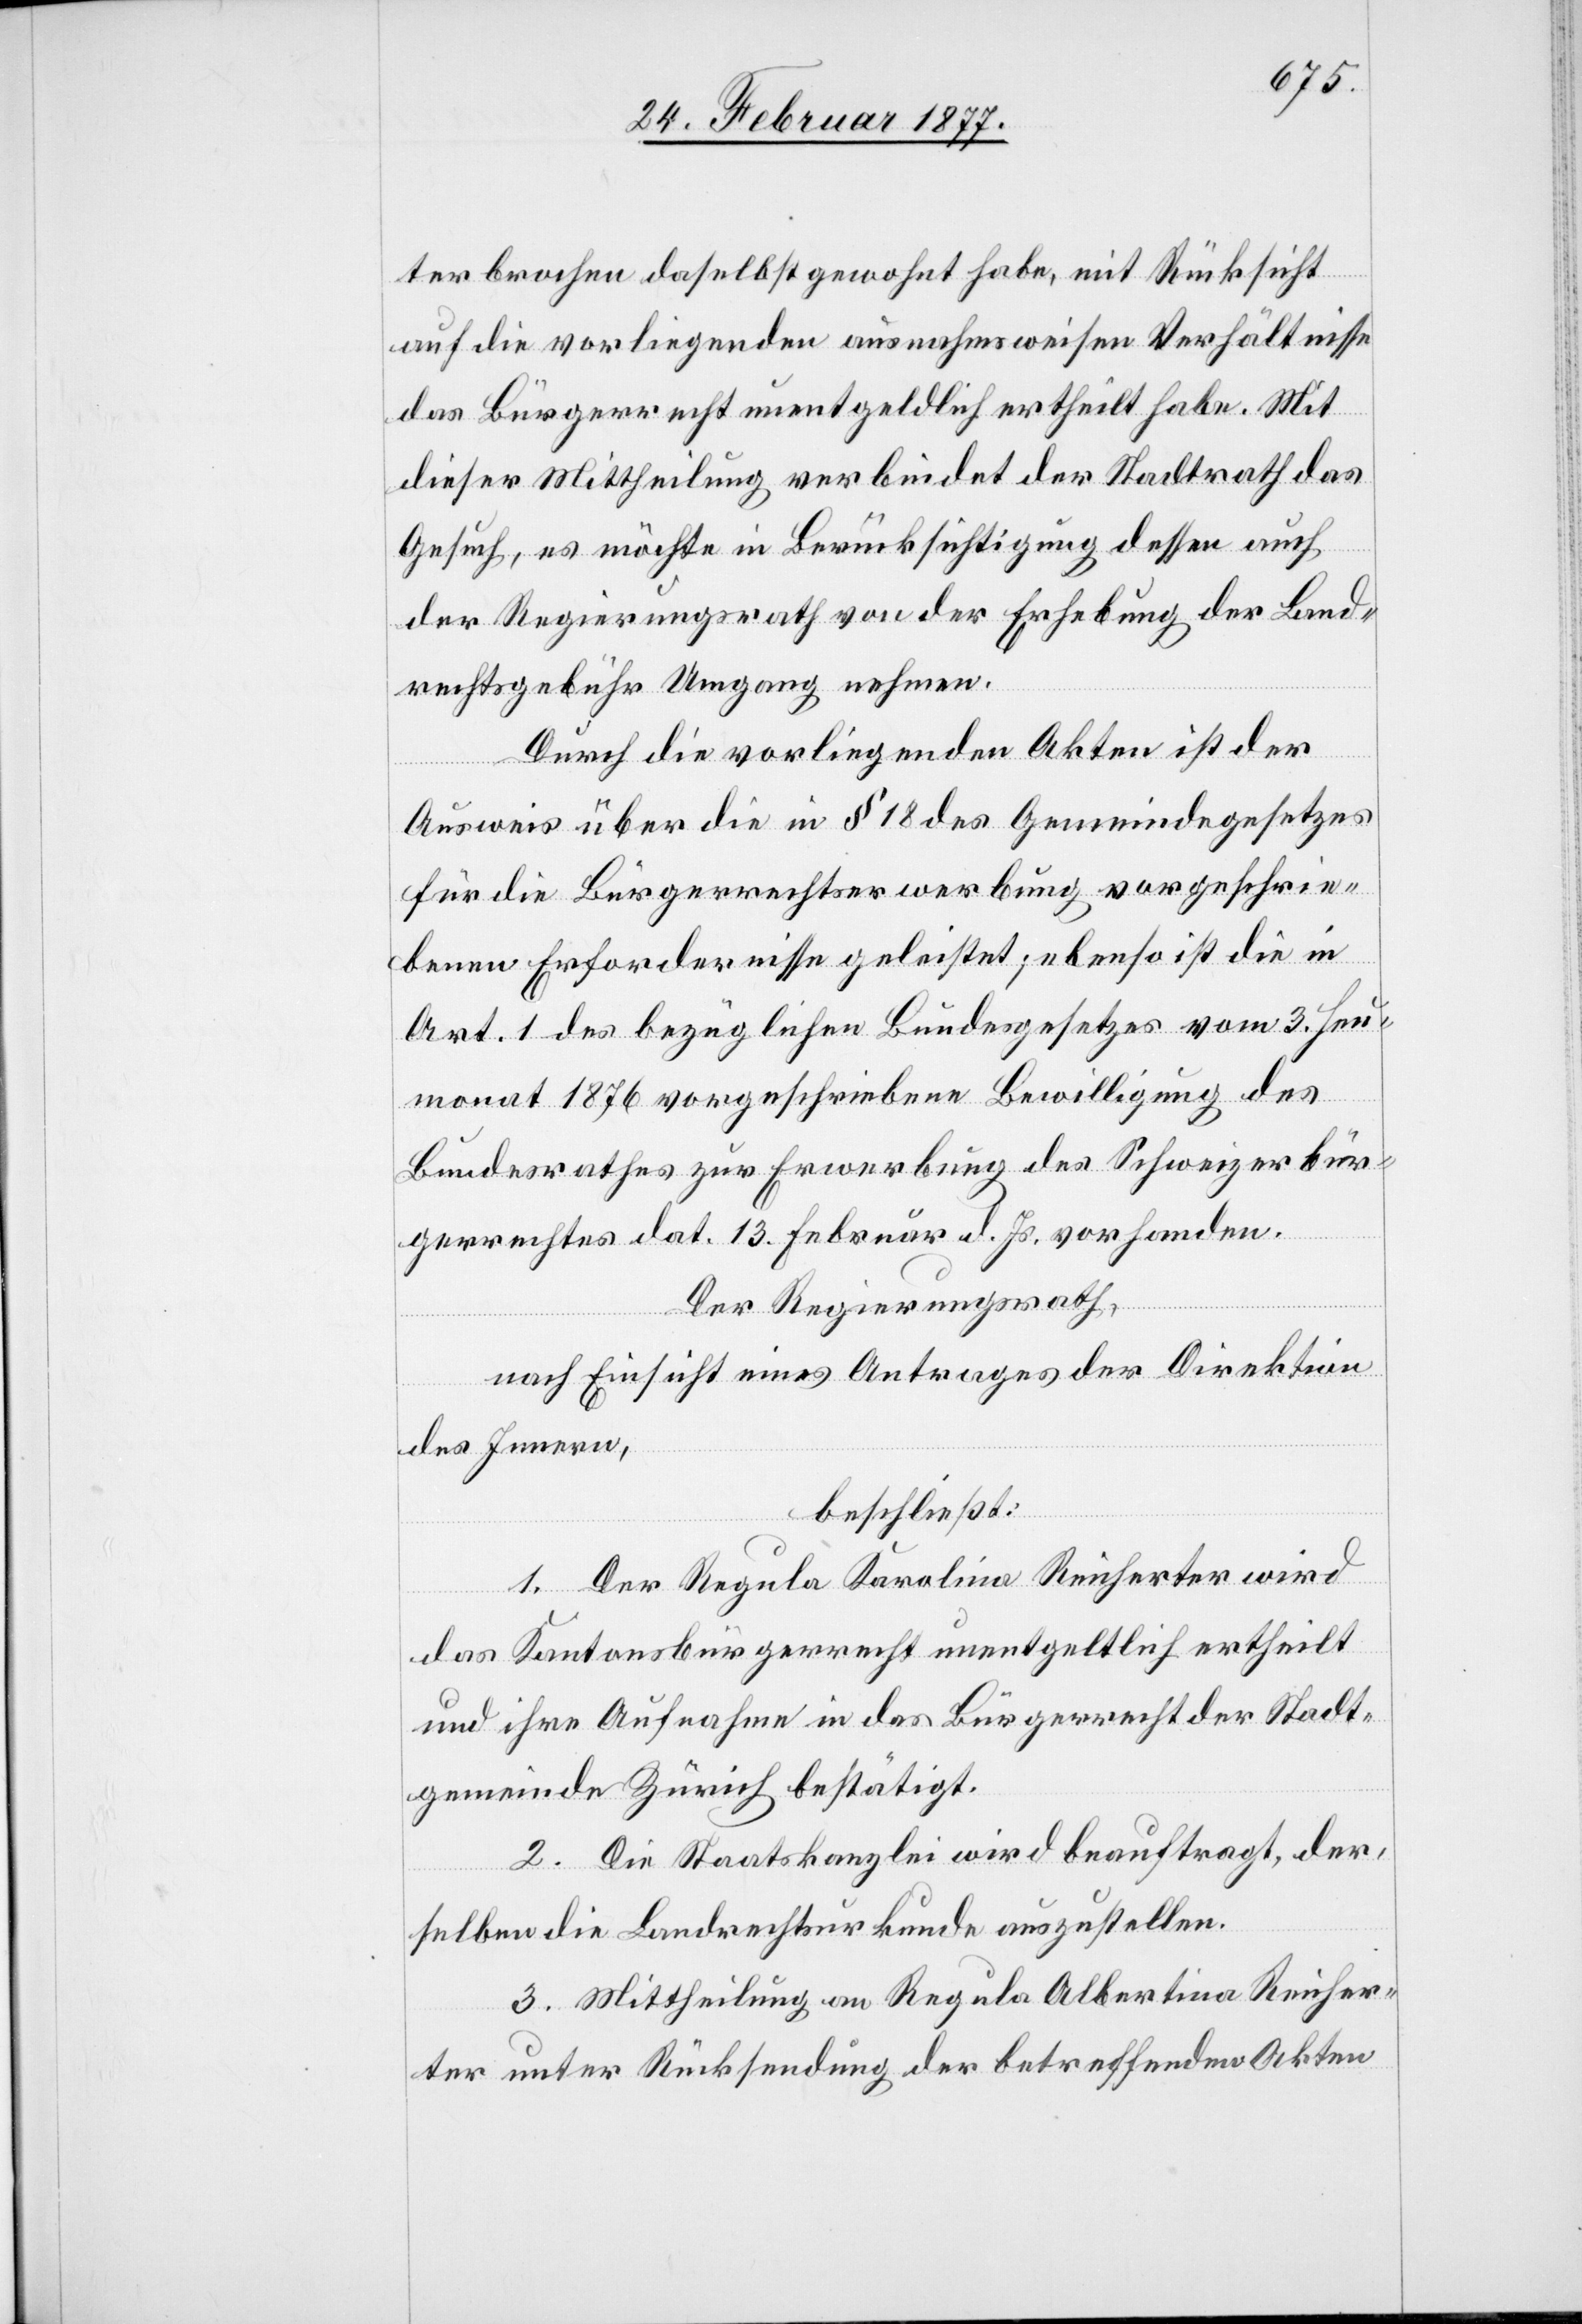
ter brochen daselbst gewohnt habe, mit Rücksicht
auf die vorliegenden ausnahmsweisen Verhältnisse
das Bürgerrecht unentgeldlich ertheilt habe. Mit
dieser Mittheilung verbindet der Stadtrath das
Gesuch, es möchte in Berücksichtigung dessen auch
der Regierungsrath von der Erhebung der Land¬
rechtsgebühr Umgang nehmen.
Durch die vorliegenden Akten ist der
Ausweis über die in § 18 des Gemeindegesetzes
für die Bürgerrechtserwerbung vorgeschrie¬
benen Erfordernisse geleistet; ebenso ist die in
Art. 1 des bezüglichen Bundesgesetzes vom 3. Heu¬
monat 1876 vorgeschriebene Bewilligung des
Bundesrathes zur Erwerbung des Schweizerbür¬
gerrechtes dat. 13. Februar d. Js. vorhanden.
Der Regierungsrath,
nach Einsicht eines Antrages der Direktion
des Innern,
beschließt:
1. Der Regula Karolina [sic!] Reicherter wird
das Kantonsbürgerrecht unentgeltlich ertheilt
und ihre Aufnahme in das Bürgerrecht der Stadt¬
gemeinde Zürich bestätigt.
2. Die Staatskanzlei wird beauftragt, der¬
selben die Landrechtsurkunde auszustellen.
3. Mittheilung an Regula Albertina Reicher¬
ter unter Rücksendung der betreffenden Akten